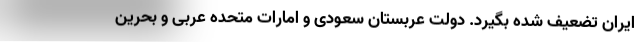
ایران تضعیف شده بگیرد. دولت عربستان سعودی و امارات متحده عربی و بحرین